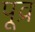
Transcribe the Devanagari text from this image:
पूव्र